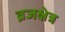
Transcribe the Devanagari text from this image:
व्रजक्षेत्र